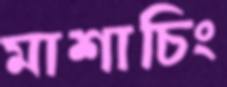
মাশাচিং